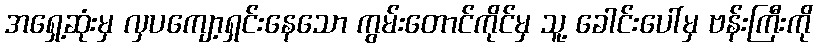
အရှေ့ဆုံးမှ လှပကျော့ရှင်းနေသော ကွမ်းတောင်ကိုင်မှ သူ့ ခေါင်းပေါ်မှ ဗန်းကြီးကို